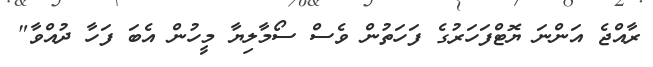
ރާއްޖެ އަންނަ ޔޮޓްފަހަރުގެ ފަހަތުން ވެސް ސޯމާލިޔާ މީހުން އެބަ ފަހާ ދުއްވާ"